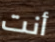
أنت